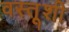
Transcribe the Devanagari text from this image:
वस्तूशी